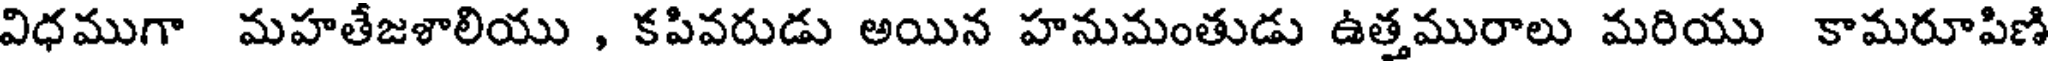
విధముగా మహతేజళాలియు , కపివరుడు అయిన హనుమంతుడు ఉత్తమురాలు మరియు కామరూపిణి